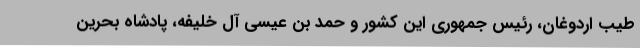
طیب اردوغان، رئیس جمهوری این کشور و حمد بن عیسی آل خلیفه، پادشاه بحرین